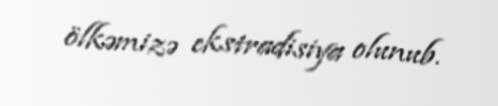
ölkəmizə ekstradisiya olunub.